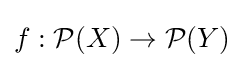
f:{\mathcal {P}}(X)\to {\mathcal {P}}(Y)